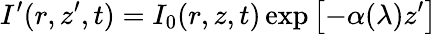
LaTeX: I^{\prime}(r,z^{\prime},t)=I_{0}(r,z,t)\exp\left[-\alpha(\lambda)z^{\prime}\right]